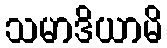
သမာဒိယာမိ